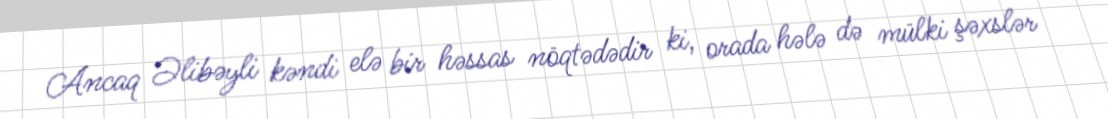
Ancaq Əlibəyli kəndi elə bir həssas nöqtədədir ki, orada hələ də mülki şəxslər